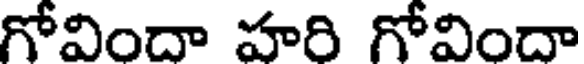
గోవిందా హరి గోవిందా